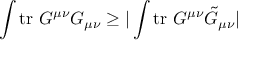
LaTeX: \int \mathrm { t r } ~ G ^ { \mu \nu } G _ { \mu \nu } \geq | \int \mathrm { t r } ~ G ^ { \mu \nu } \tilde { G } _ { \mu \nu } |